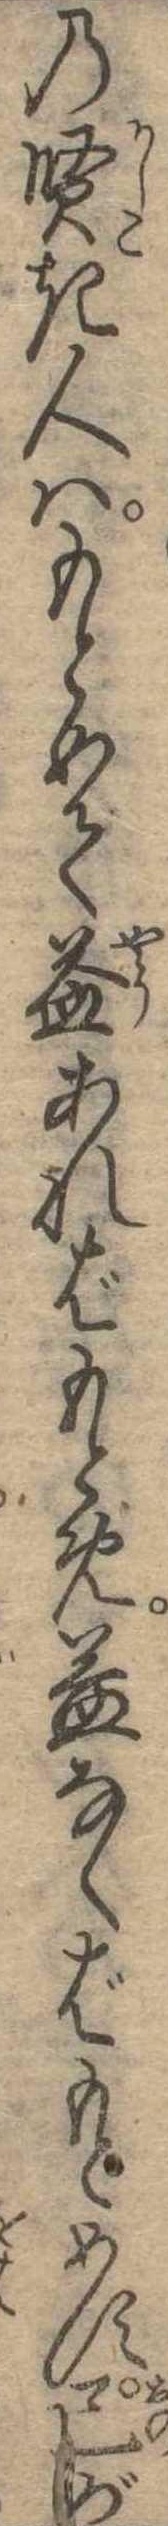
の賢き人はもとめて益あればもとめ益なくばもとめす己が